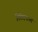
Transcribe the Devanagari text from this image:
निवेदनाचा